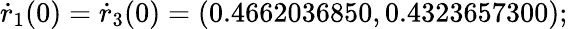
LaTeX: \dot{r}_{1}(0)=\dot{r}_{3}(0)=(0.4662036850,0.4323657300);